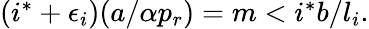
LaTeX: \begin{array}{r}{(i^{*}+\epsilon_{i})(a/\alpha p_{r})=m<i^{*}b/l_{i}.}\end{array}